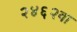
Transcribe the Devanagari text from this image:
२४६२वा